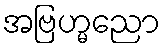
အဗြဟ္မညော